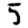
Digit: 5